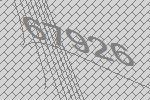
67926